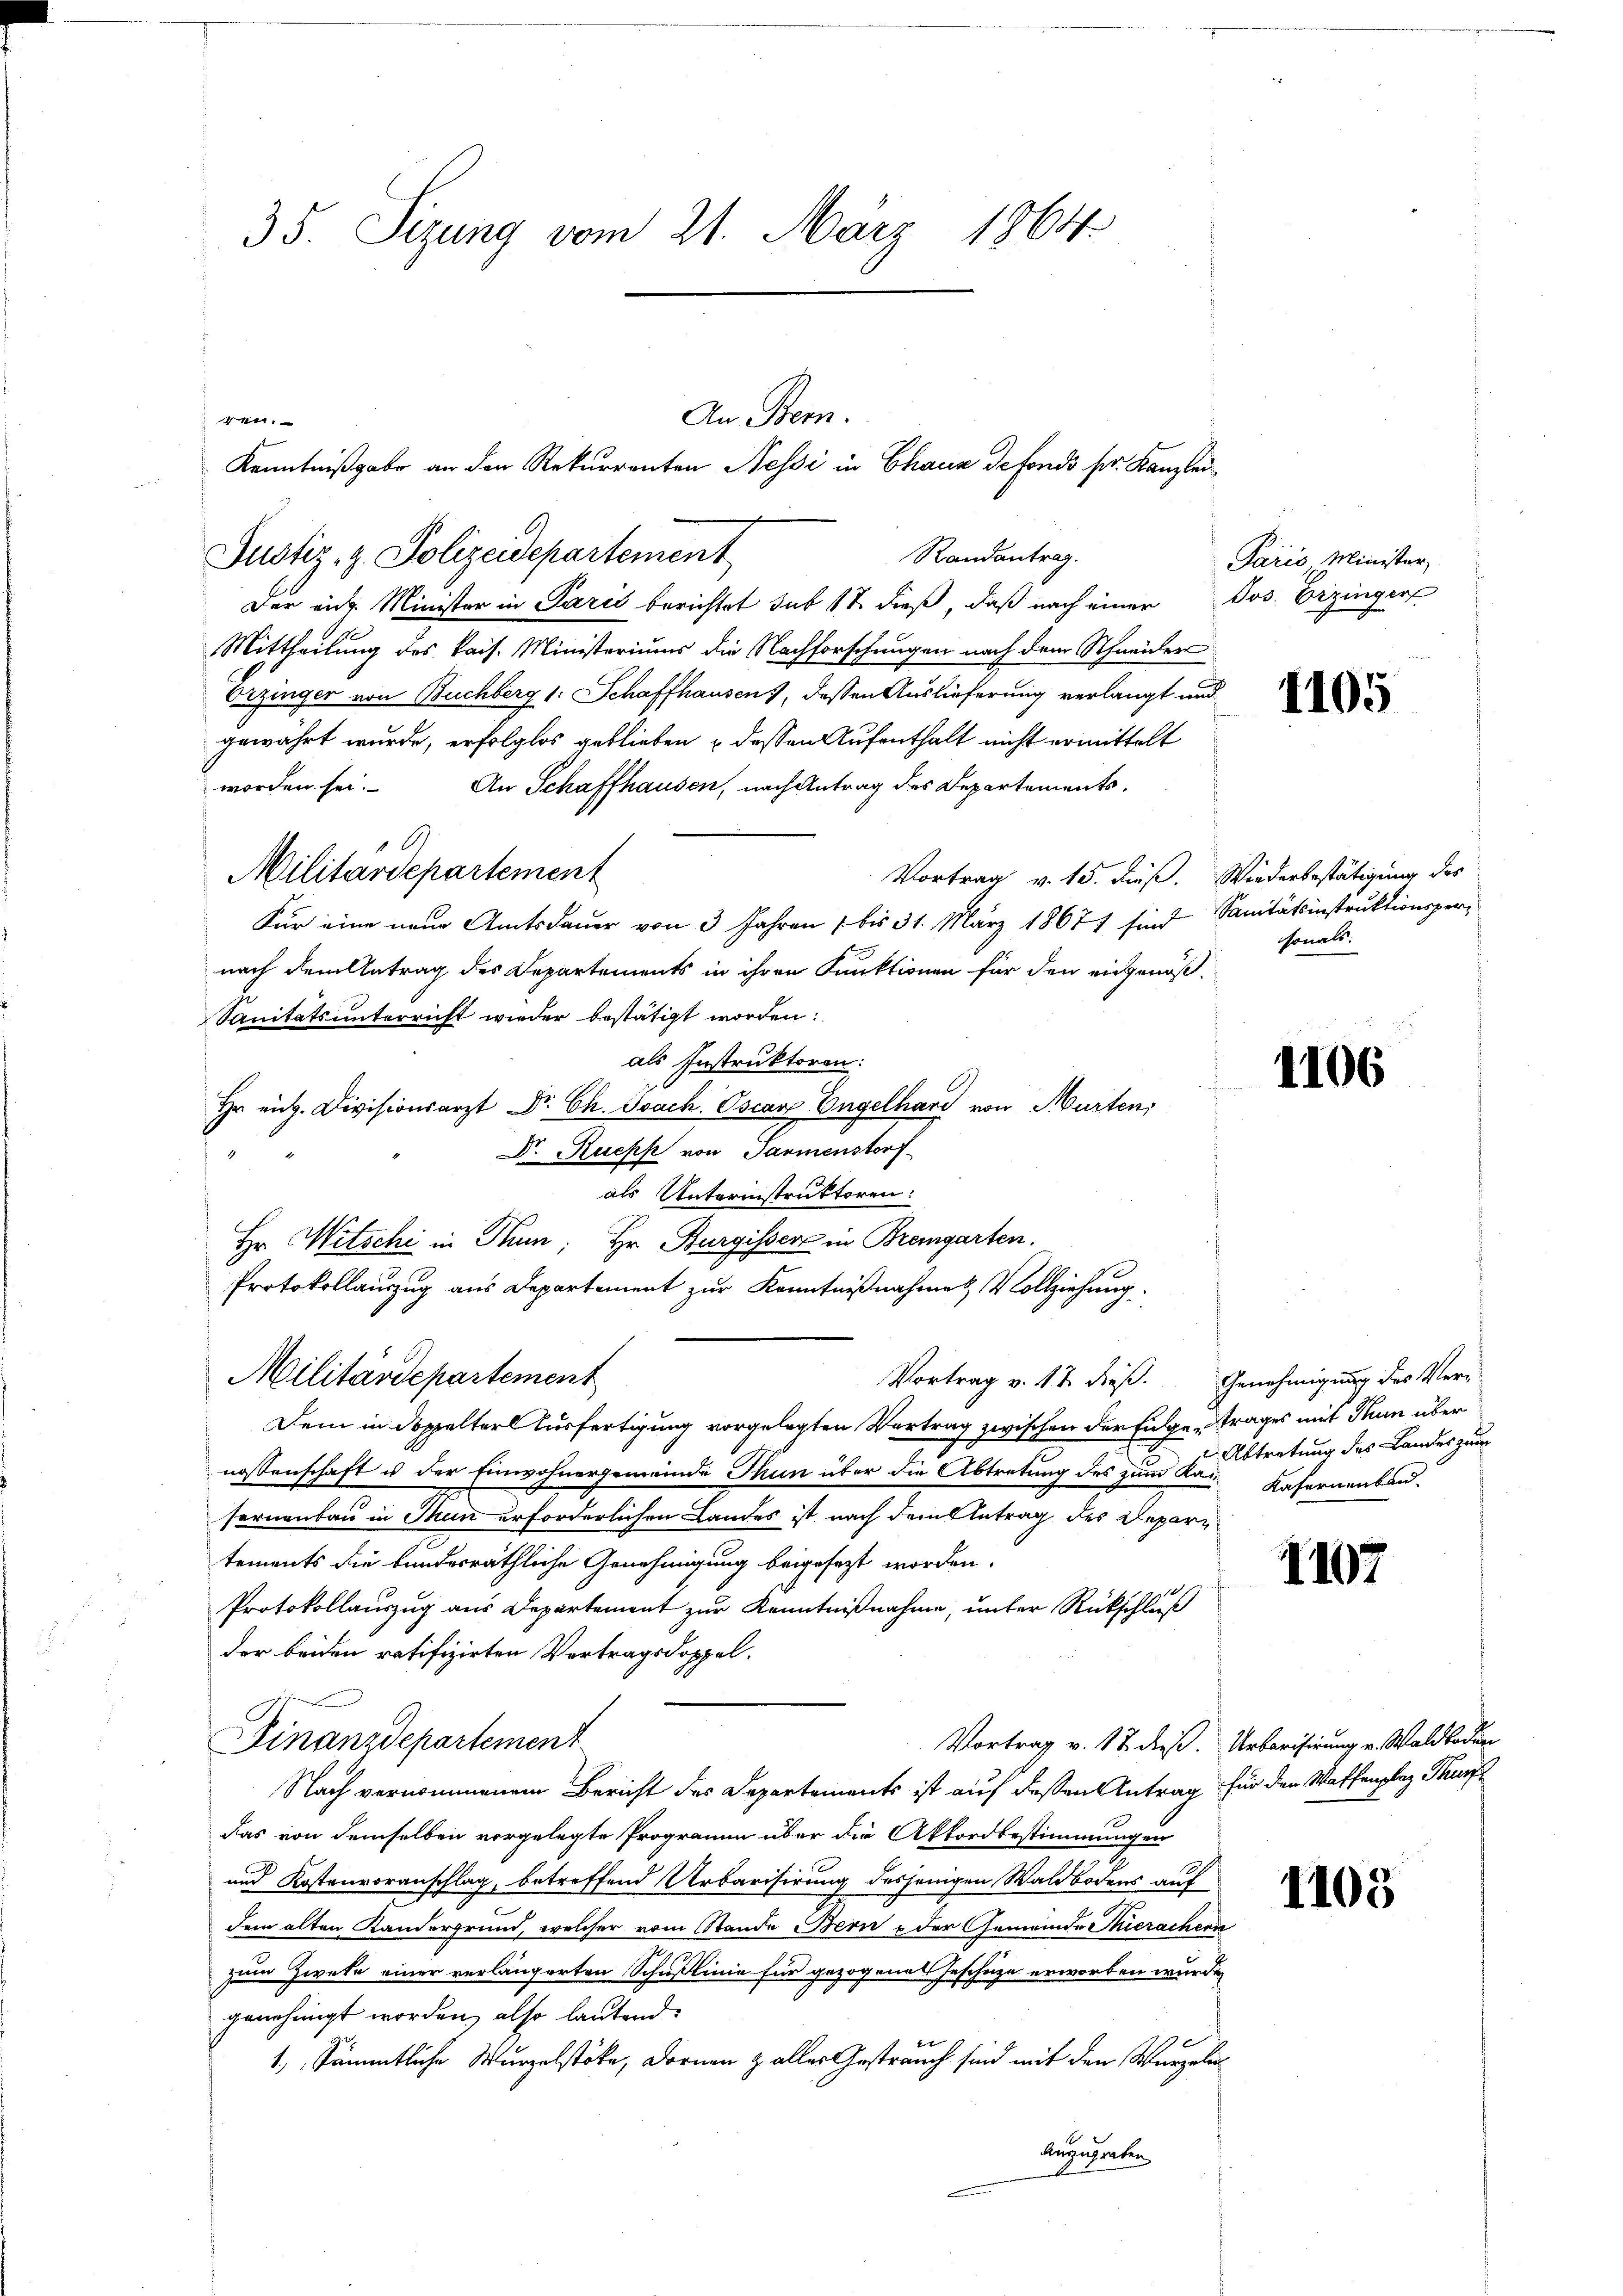
35. Sizung vom 21. März 1864

e.
Randantrag.
Justiz- & Polizeidepartement
Der auf Minister in Paris berichtet sub 17 dieß, daß nach einer Jos. Erzinger
Mittheilung des kais. Ministeriums die Nachforschungen nach dem Schneider¬
Orzinger von Buchberg 1: Schaffhausen), dessen Auslieferung verlangt und
gewährt wurde, erfolglos geblieben & dessen Aufenthalt nicht ermittelt
worden sei.
An Schaffhausen, nach Antrag des Departements.
B
Militärdepartement
Vortrag v. 15. dieß. Wiederbestätigung des
Für eine neue Amtsdauer von 3 Jahren 1 bis 31. März 18677 sind Sanitätsinstruktionspernach dem Antrag des Departements in ihren Funktionen für den eidgenöß¬
Sanitätsunterricht wieder bestätigt worden:
als Instruktoren:
Hr eit. Divisionsarzt Dr. Ch. Joach. Oscar Engelhard von Murten,
Dr. Ruepp von Parmenstorf
als Unterinstruktoren:
Hr. Witschi in Hum; Hr. Burgisser in Bremgarten.
Protokollauszug aus Departement zur Kenntnißnahme & Vollziehung.
Militärdepartement
Vortrag v. 17 dieß. Genehmigung des Ver¬
Dem in doppelterl Ausfertigung vorgelegten Vertrag zwischen der Fugetrages mit Thun über
nossenschaft u der Einwohnergemeinde Thun über die Abtretung des zum Kai-Kafernenbausernenbau in Thun erforderlichen Landes ist nach dem Betrag des Departements die bundesräthliche Genehmigung beigesezt worden.
Protokollauszug aus Departement zur Kenntnißnahme, unter Rückschluß
der beiden ratifizirten Vertragsdoppel¬
Finanzdepartement
Vortrag v. 17. dieß. Urbarisirung v. Waldboden
Nach vernommenem Bericht des Departements ist auf dessen Antrag für den Waffenplaz Thurf
das von demselben vorgelegte Programm über die Akkordbestimmungen
und Kostenvoranschlag, betreffend Urbarisirung desjenigen Waldbodens auf
dem alten Kandergrund, welcher vom Stande Bern u der Gemeinde Thierachen
zum Zweke einer verlängerten Schußlinie für gezogenes Geschüze erworben wurde
3
genehmigt worden, also lautend:
tet
ge
1, sämmtliche Wurzelstöke, Dornen zaller Gestrauch sind mit den Wurzeln
Auszugraben

An Bern.
Kenntnißgabe an den Rekurrenten Nessi in Chaux defonds ser Kanzlei¬

Paris Minister,

1105

sonals.

1106

Abtretung des Landes zum

1107

1105